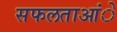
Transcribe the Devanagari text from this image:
सफलताआंे